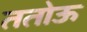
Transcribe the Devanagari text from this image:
ततोऊ